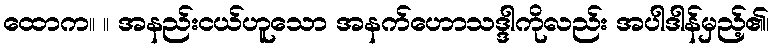
ထောက။ ။ အနည်းငယ်ဟူသော အနက်ဟောသဒ္ဒါကိုလည်း အပါဒါန်မှည့်၏၊